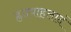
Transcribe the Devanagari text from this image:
ह्रदयाहलादं